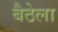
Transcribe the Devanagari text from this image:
बैठेला